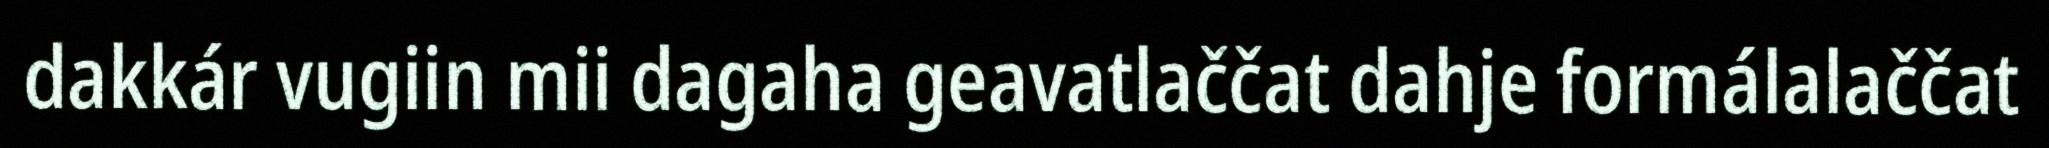
dakkár vugiin mii dagaha geavatlaččat dahje formálalaččat